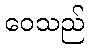
ဝေသည်